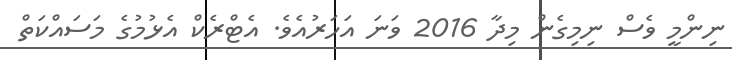
ނިންމީ ވެސް ނިމިގެން މިދާ 2016 ވަނަ އަހަރުއެވެ. އެޓްރެކް އެޅުމުގެ މަސައްކަތް